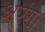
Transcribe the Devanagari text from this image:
अपंग।